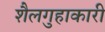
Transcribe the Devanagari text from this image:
शैलगुहाकारी